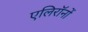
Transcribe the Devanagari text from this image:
एलिरॉनों